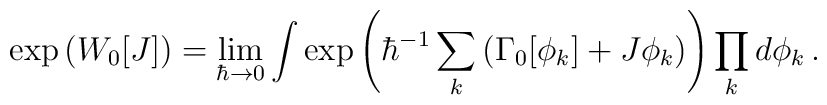
\exp\left(W_0[J]\right)= \lim_{\hbar\to 0}\int\exp\left(\hbar^{-1}\sum_k\left(\Gamma_0[\phi_k]+J\phi_k\right)\right)\prod_kd\phi_k \,.